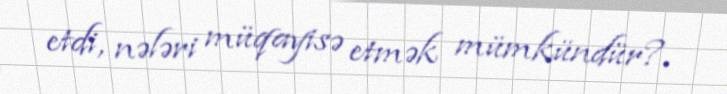
etdi, nələri müqayisə etmək mümkündür?.